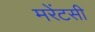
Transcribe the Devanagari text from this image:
मरेंटसी